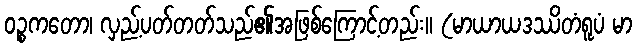
ဝဉ္စကတော၊ လှည့်ပတ်တတ်သည်၏အဖြစ်ကြောင့်တည်း။ (မာယာယဒဿိတံရူပံ မာ